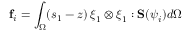
\mathbf { f } _ { i } = \int _ { \Omega } ( s _ { 1 } - z ) \, \boldsymbol { \xi } _ { 1 } \otimes \boldsymbol { \xi } _ { 1 } : \mathbf { S } ( \boldsymbol { \psi } _ { i } ) d \Omega